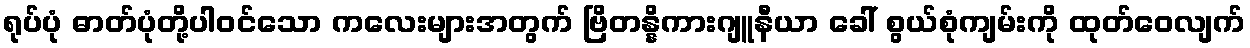
ရုပ်ပုံ ဓာတ်ပုံတို့ပါဝင်သော ကလေးများအတွက် ဗြိတန္နိကားဂျူနီယာ ခေါ် စွယ်စုံကျမ်းကို ထုတ်ဝေလျက်